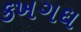
કખગઘ